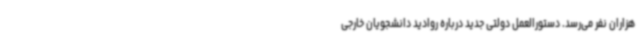
هزاران نفر می‌رسد. دستورالعمل دولتی جدید درباره روادید دانشجویان خارجی